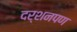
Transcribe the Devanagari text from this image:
दर्शनपण